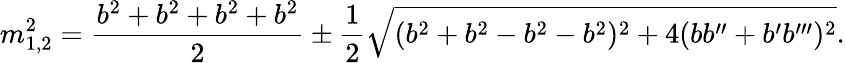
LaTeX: m_{1,2}^{2}=\frac{b^{2}+b^{2}+b^{2}+b^{2}}{2}\pm\frac{1}{2}\sqrt{(b^{2}+b^{2}-b^{2}-b^{2})^{2}+4(bb^{\prime\prime}+b^{\prime}b^{\prime\prime\prime})^{2}}.